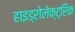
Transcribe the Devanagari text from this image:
हाइड्रोलेक्ट्रिक